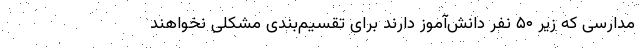
مدارسی که زیر ۵۰ نفر دانش‌آموز دارند برای تقسیم‌بندی مشکلی نخواهند